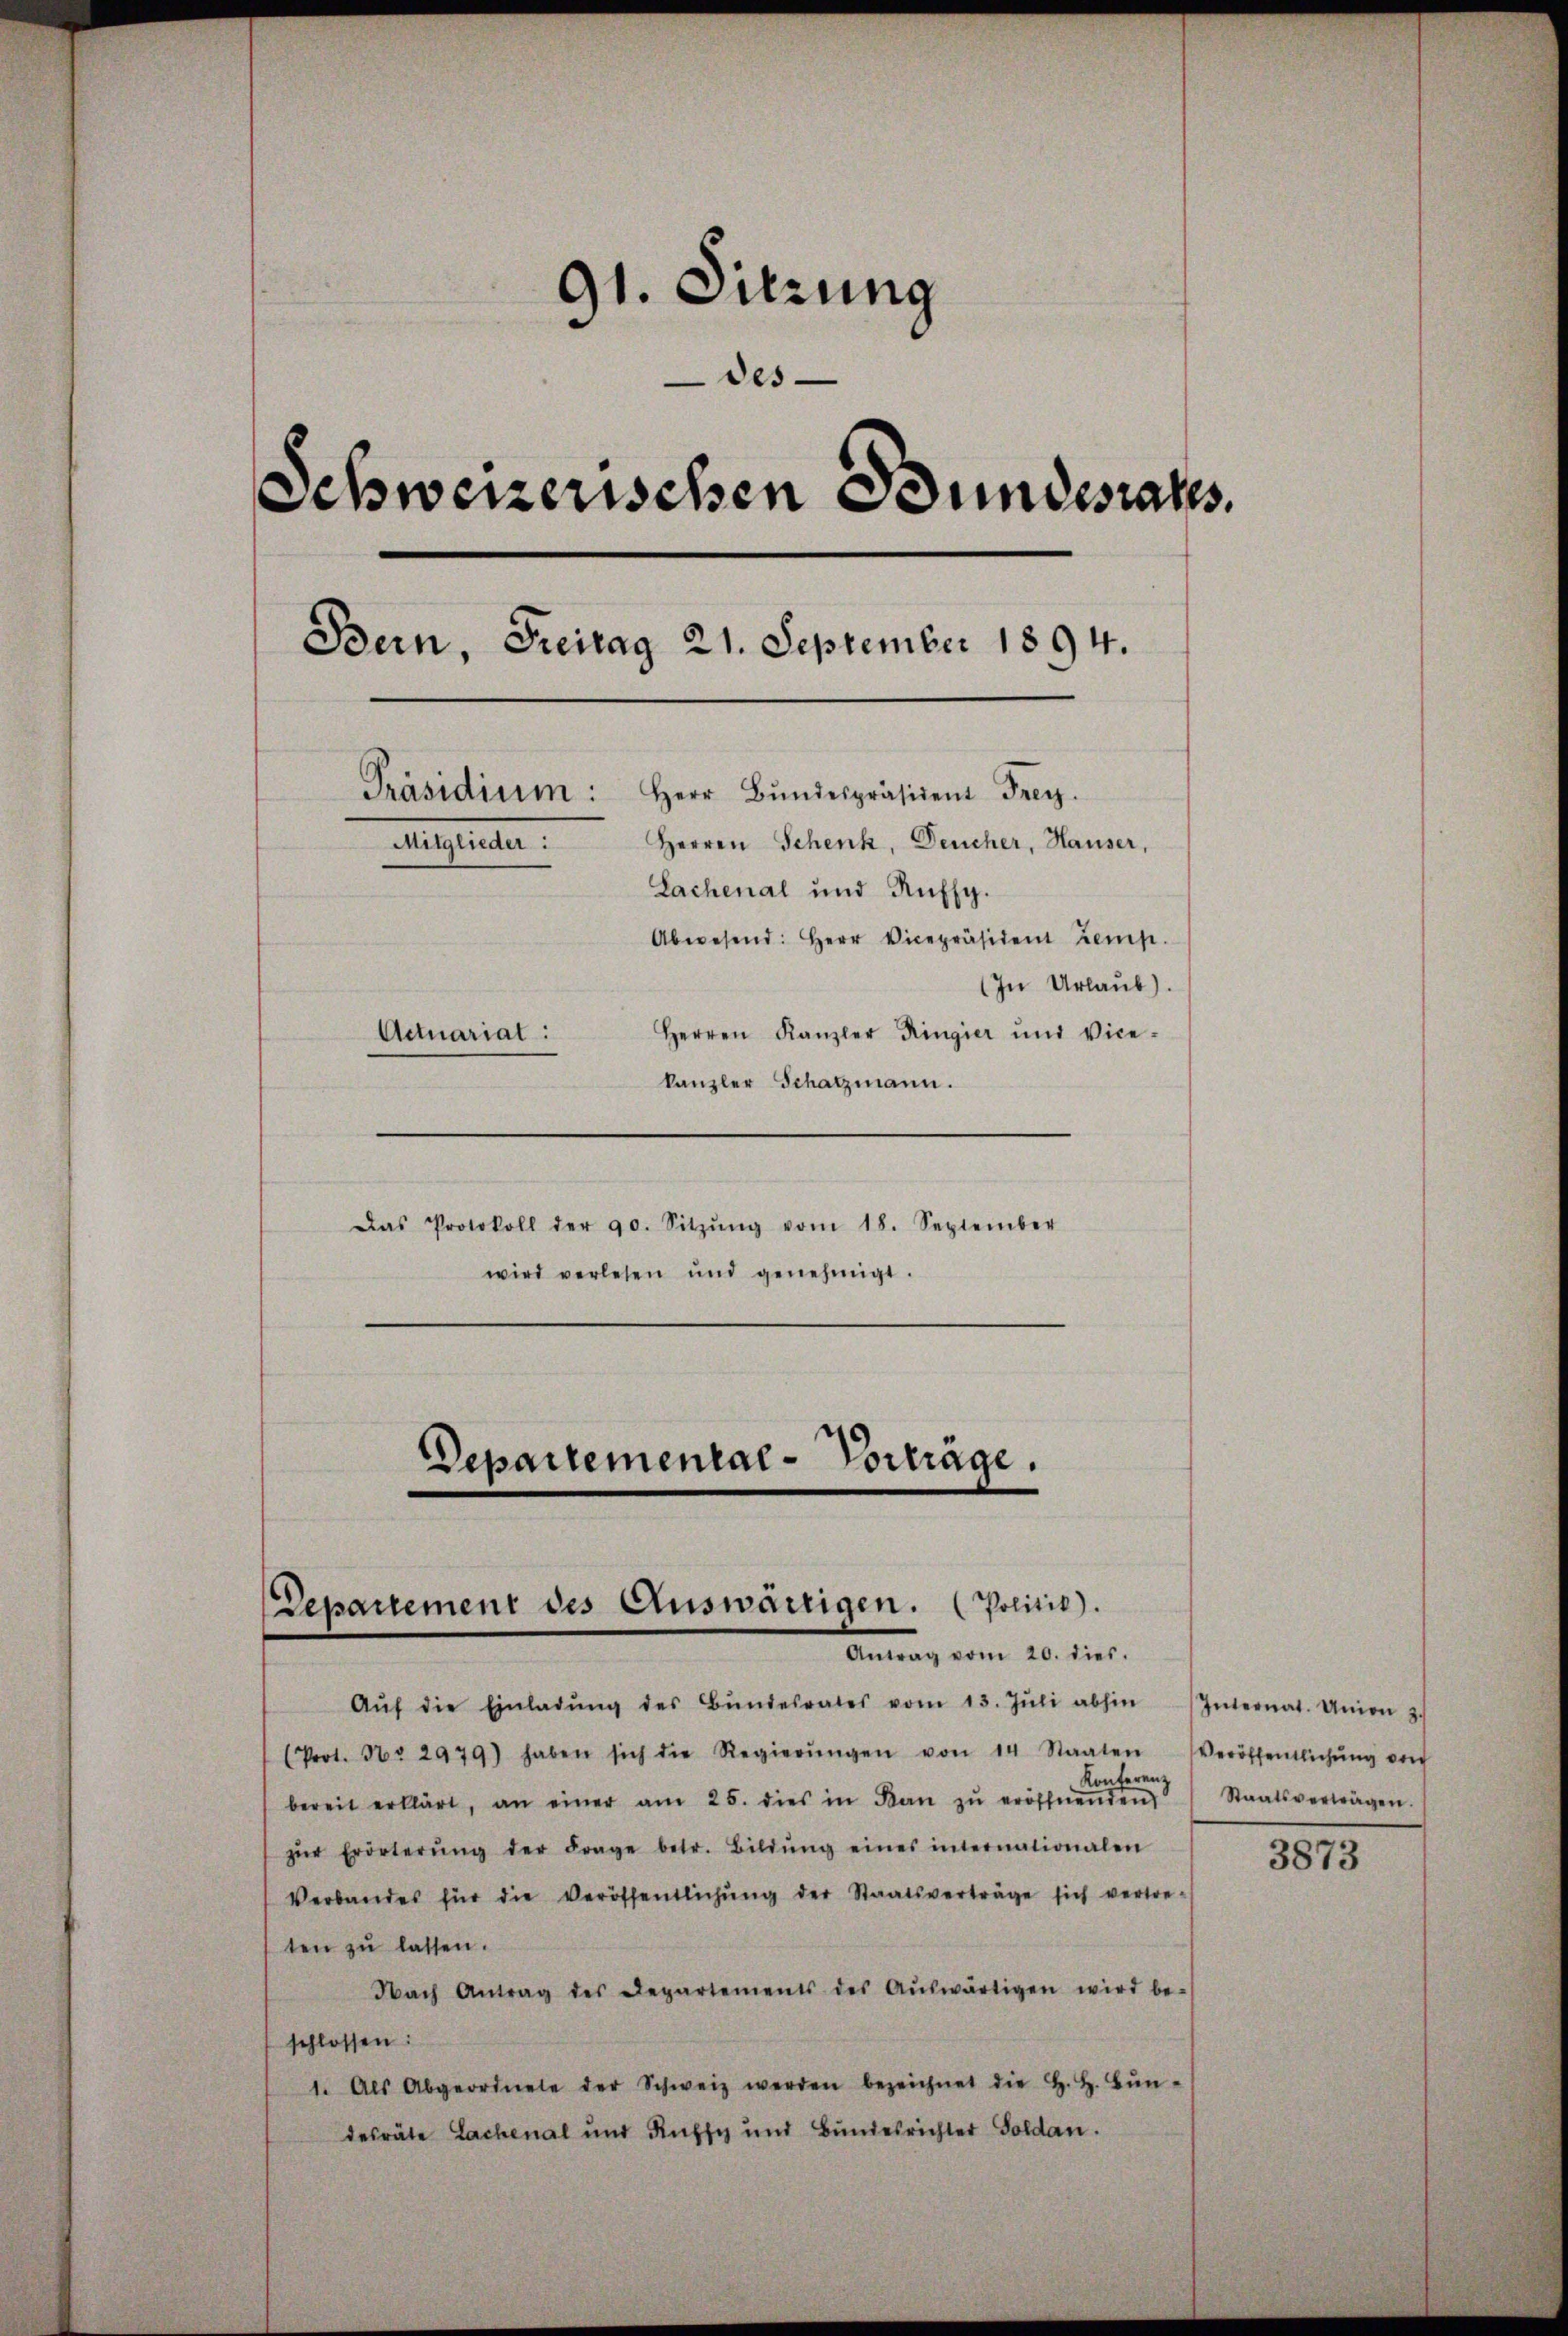
91. Sitzung
des
Schweizerischen Bundesrates.
Bern, Freitag 21. September 1894.
Präsidium: Herr Bŭndespräsident Frey.
Herren Schenk, Deucher, Hauser,
Eigenten.
Lachenal und Ruffg.
Abwesend: Herr Vicepräsident temp
(In Urlaub)
Herren Kanzler Ringier und Vice-
Actuariat:
kanzler Schatzmann.

Das Protokoll der 90. Sitzŭng vom 18. September
wird verlesen und genehmigt.

Departementae-Vorträge.
Departement des Auswärtigen. (Politis).
Antrag vom 20. dies

Aŭf die Einladŭng des Bŭndesrates vom 13. Jŭli abhin Internat. Union z.
(Prot. N. 2979) haben sich die Regierŭngen von 14 Staaten Veröffentlichŭng von
Konferenz
bereit erklärt, an einer am 25. dies in Kan zŭ eröffnenden
zŭr Erörterŭng der Frage betr. Bildŭng eines internationalen
Verbandes für die Veröffentlichŭng der Staatsverträge sich vertre-
ten zŭ lassen.
Nach Antrag des Departements des Aŭswärtigen wird be-
schlossen:
1. Als Abgeordnete der Schweiz werden bezeichnet die H. H. Bŭn-
desräte Lachenal und Ruffy und Bundesrichter Goldau.

Staatsvertragen.

3873